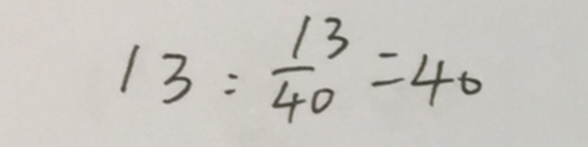
1 3 : \frac { 1 3 } { 4 0 } = 4 0